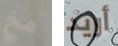
مخ أريد